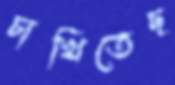
চাখিতেছ